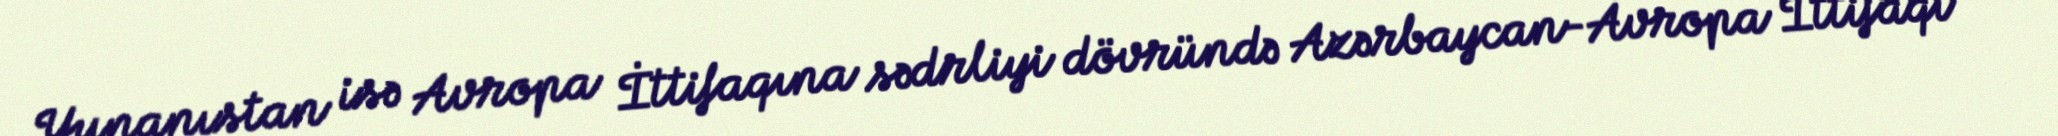
Yunanıstan isə Avropa İttifaqına sədrliyi dövründə Azərbaycan-Avropa İttifaqı